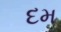
દમ